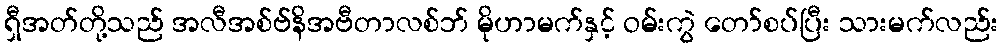
ရှီအတ်တို့သည် အလီအစ်ဗ်နိအဗီတာလစ်ဘ် မိုဟာမက်နှင့် ဝမ်းကွဲ တော်စပ်ပြီး သားမက်လည်း